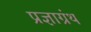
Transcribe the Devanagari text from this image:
प्रज्ञाग्रंथ